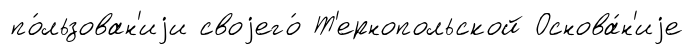
по́льзован'иjи своjего́ Т'ернопольской Основа́н'иjе